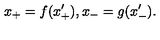
x _ { + } = f ( x _ { + } ^ { \prime } ) , x _ { - } = g ( x _ { - } ^ { \prime } ) .